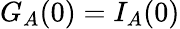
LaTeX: G_{A}(0)=I_{A}(0)